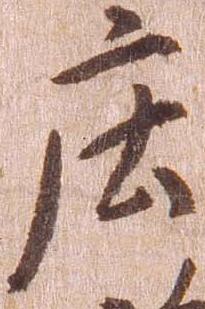
庄